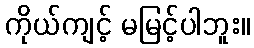
ကိုယ်ကျင့် မမြင့်ပါဘူး။